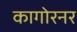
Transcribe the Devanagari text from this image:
कागोरनर